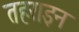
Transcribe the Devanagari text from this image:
तहराइन